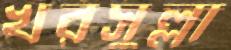
খরসুল্লা